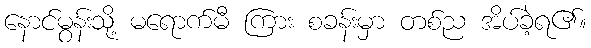
နောင်မွန်းသို့ မရောက်မီ ကြား စခန်းမှာ တစ်ည အိပ်ခဲ့ရ၏။